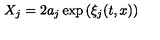
X _ { j } = 2 a _ { j } \exp \left( \xi _ { j } ( { t , x } ) \right)